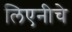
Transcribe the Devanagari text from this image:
लिएनीचे